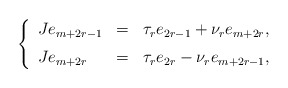
\begin{align*}\left\{\begin{array}{lcl}Je_{m+2r-1} & = & \tau_r e_{2r-1}+\nu_re_{m+2r}, \medskip \\Je_{m+2r} & = & \tau_r e_{2r}-\nu_re_{m+2r-1},\end{array}\right.\end{align*}